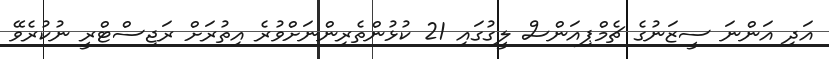
އަދި އަންނަ ސީޒަނުގެ ޗެމްޕިއަންސް ލީގުގައި 21 ކުޅުންތެރިންނަށްވުރެ އިތުރަށް ރަޖިސްޓްރީ ނުކުރެވޭ